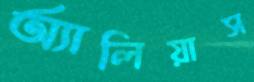
অ্যালিয়াস